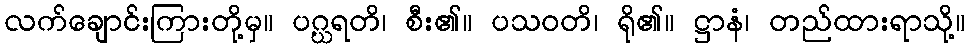
လက်ချောင်းကြားတို့မှ။ ပဂ္ဃရတိ၊ စီး၏။ ပသဝတိ၊ ရို၏။ ဋ္ဌာနံ၊ တည်ထားရာသို့။